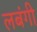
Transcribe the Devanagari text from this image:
लबंगी